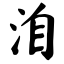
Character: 洎